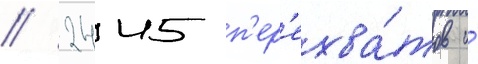
/ 2445 п'ер'ехва́тов и́